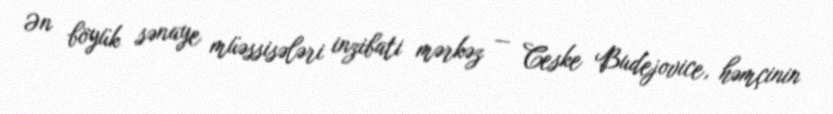
Ən böyük sənaye müəssisələri inzibati mərkəz — Ceske Budejovice, həmçinin